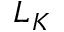
L _ { K }